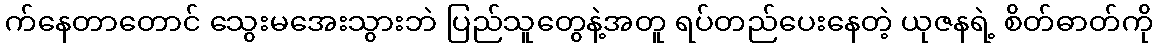
က်နေတာတောင် သွေးမအေးသွားဘဲ ပြည်သူတွေနဲ့အတူ ရပ်တည်ပေးနေတဲ့ ယုဇနရဲ့ စိတ်ဓာတ်ကို